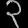
Digit: ၃